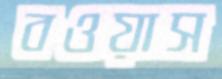
বওয়াস